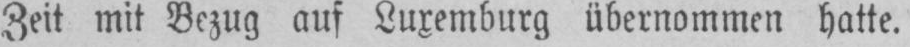
auf Luxemburg übernommen hatte.